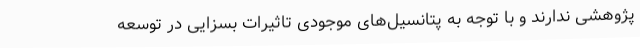
پژوهشی ندارند و با توجه به پتانسیل‌های موجودی تاثیرات بسزایی در توسعه